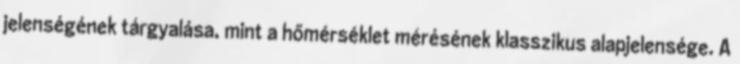
jelenségének tárgyalása, mint a hőmérséklet mérésének klasszikus alapjelensége. A